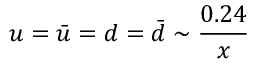
u = \bar { u } = d = \bar { d } \sim { \frac { 0 . 2 4 } { x } }